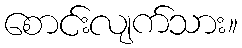
စောင်းလျက်သား။